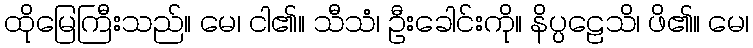
ထိုမြေကြီးသည်။ မေ၊ ငါ၏။ သီသံ၊ ဦးခေါင်းကို။ နိပ္ပဠေသိ၊ ဖိ၏။ မေ၊